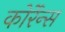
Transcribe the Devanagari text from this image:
कोर्रेन्स